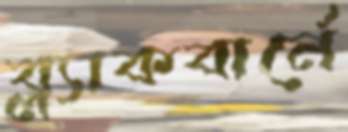
ব্ল্যাকবার্নে